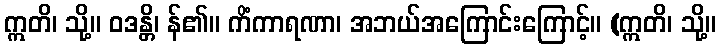
ဣတိ၊ သို့။ ဝဒန္တိ၊ န်၏။ ကိံကာရဏာ၊ အဘယ်အကြောင်းကြောင့်။ (ဣတိ၊ သို့။